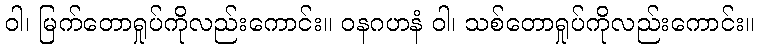
ဝါ၊ မြက်တောရှုပ်ကိုလည်းကောင်း။ ဝနဂဟနံ ဝါ၊ သစ်တောရှုပ်ကိုလည်းကောင်း။